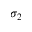
\sigma _ { 2 }